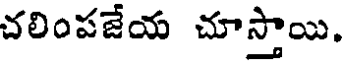
చలింపజేయ చూస్తాయి.